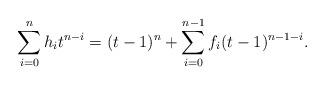
LaTeX: \begin{align*} \sum_{i=0}^nh_it^{n-i}=(t-1)^n+\sum_{i=0}^{n-1}f_i(t-1)^{n-1-i}.\end{align*}